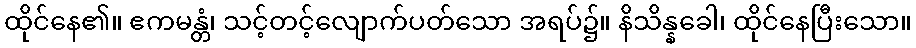
ထိုင်နေ၏။ ဧကမန္တံ၊ သင့်တင့်လျောက်ပတ်သော အရပ်၌။ နိသိန္နခေါ၊ ထိုင်နေပြီးသော။